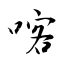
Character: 喀